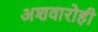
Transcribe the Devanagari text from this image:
अशवारोही